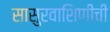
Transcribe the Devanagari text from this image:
सासुरवाशिणीची